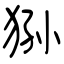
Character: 狲